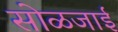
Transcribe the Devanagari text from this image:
सोळजाई